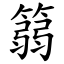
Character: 篛